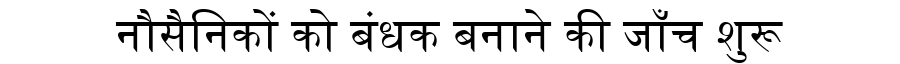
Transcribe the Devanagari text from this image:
नौसैनिकों को बंधक बनाने की जाँच शुरू